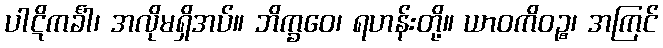
ပါဋိကင်္ခါ၊ အလိုမရှိအပ်။ ဘိက္ခဝေ၊ ရဟန်းတို့။ ယာဝကိဝဉ္စ၊ အကြင်